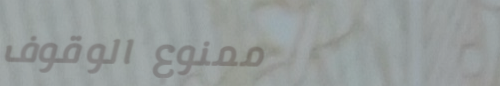
ممنوع الوقوف